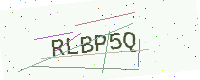
Text: RLBP5Q